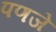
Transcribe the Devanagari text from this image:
पणजे